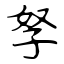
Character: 孥